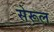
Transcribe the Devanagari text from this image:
सेरूल